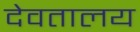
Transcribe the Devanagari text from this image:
देवतालय